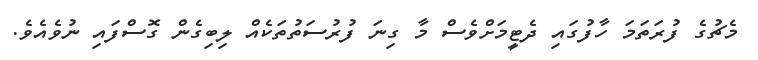
މެޗުގެ ފުރަތަމަ ހާފުގައި ދެޓީމަށްވެސް މާ ގިނަ ފުރުސަތުތަކެއް ލިބިގެން ގޮސްފައި ނުވެއެވެ.